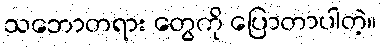
သဘောတရား တွေကို ပြောတာပါတဲ့။